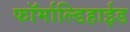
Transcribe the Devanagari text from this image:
फॉर्माल्डिहाईड